Report of the Municipal Commissioner on the plague in Bombay for the year ending 31st May... - Volume 2
Disease focus: Plague
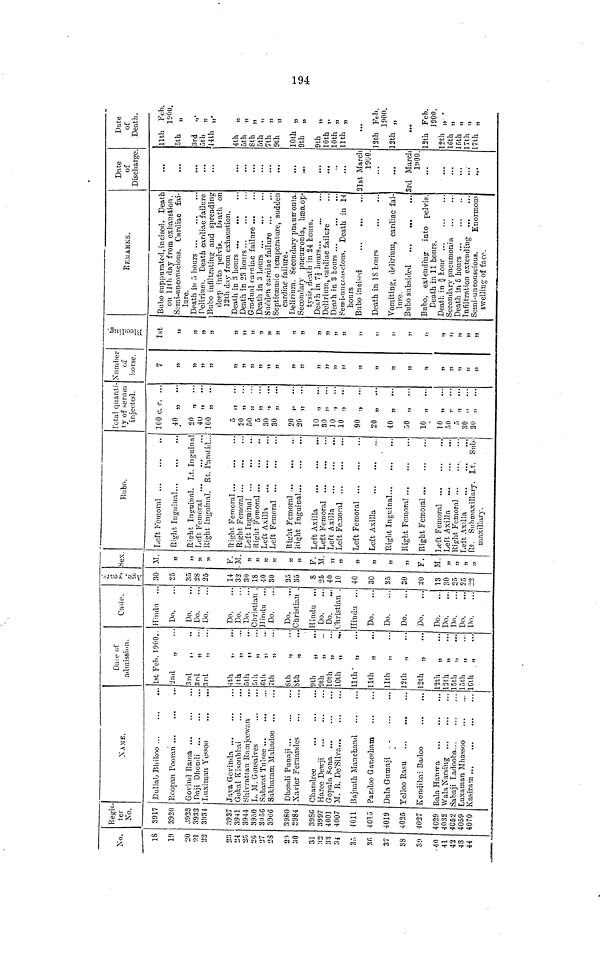
J—1
«0
#*
No.
IS
1!)
20
9.1
22
2:{
24
25
2G
27
28
29
:;o
31
:i2
33
34
sr»
36
37
38
3;i
• 40
41
42
43
44
Regis-
ter
No.
3917
3920
.',923
3932
3934
3937
3941
3944
3950
3956
396G
3980
2984
398B
3997
4001
4007
4011
4015
4019
4025
4027
4029
4032
4062
4059
4070
NAME.
Dullab Bliikoo
Roopan Pooran
Govind Rama
Oaji Dhondi
Luximan Yessoo
...
...
Java Govinda
Gokal Kisonbhai
Shivratran Ramjcewan
L. M. Gonsalves
Sabarat Tiilsee ...
...
Sakharam Mahadoo
Dhondi Punaji
Xavier Fernamles
Chandree
Haree De\vji
Gopala Sona
M. R. De'Silva
Bajnath Manchand
Pandoo Ganesham
Dula Gutnaji
>..
Kondibai Badoo
Bala Hantra
,.
WalaNarsing
Sabaji Ladooba
Luxaman Mhassoo
Dale of
admission.
1st Feb. 1900..
2nd
„
..
3rd
,,
•ml
„
3rd
4th
„
Ith
„
...
5th
„
..
SlIi
6th
„
7th
„
8th
„
8th
„
9th
„
...
9th
„
10th „
10th „
llth- „
...
llth „
llth „
12th „
12th
„
...
12th „
...
12th
„
...
15th „
loth „
IGth „
Caste.
Hindu ..
Do.
Do.
Do.
Do.
Do.
Do.
Do.
Christian .
Hindu ...
Do.
Do.
Christian
Hindu ...
Do.
Do.
Christian
Hindu ...
Do.
Do.
Do.
'Do.
Do.
Do.
Do.
Do.
Do.
i
M
>i
V
b(j
-3
30
So
35
28
25
14
32
30
18
40
30
25
35
8
25
40
10
40
30
35
30
20
13
30
25
25
j«j
Hex.
M.
»
99
)!
99
F.
•M.
95
59
99
99
99
»
F.
M.
99
»
99
3)
55
J>
F.
M.
99
39
95
>j
Bubo.
Left Immoral
Bight Inguinal
Rieht Inguinal. Lt. Inguinal
Left Femoral ...
Right Inguinal. Rt. Pai-oiid...
o
o
Right Femoral
Left Inguinal
Ri^ht Femoral ...
...
..
Left Femoral
Risrht Femoral
Left Axilla
Left Femoral
Left Axilla
Left Femoral ...
Left Femoral ...
Left Axilla
Right Ingxiinal
Right Femoral
Right Femoral
Left Femoral
Left Axilla
Rio'ht Femoral •••
..
Left Axilla
Rt. Submaxillary. Lt. Sub-
ruaxillary.
Total quanti-
ty of serum
injected.
100 c. c. ...
40 „ ...
20 „ ...
40 „ ...
100 „ ...
SO „ ...
50 „ ...
5 ,
30
30 „ ...
20 „ ...
20
10 „ ...
30 „ ...
10 ., ...
10 „ ...
90 .., ...
20 „ ...
40 „ ...
50 „ ...
10 „ ...
10 „ ...
50 ,. ...
30 „ ...
20 „ ...
! ST umber
of
horse.
7
»
ji
»
5>
5)
»
))
»
»
»
»
9)
5)
I)
55
»l
)5
55
9}
»
'>
55
55
))
59
95
Bleeding.
1st
»
99
»>
»
59
19
99
59
99
)9
))
99
99
59
»
99
)9
))
))
9>
!)
19
9)
15
5)
99
REMARKS.
Bubo suppurated, incised . Death
on lllh day from exhaustion.
Semi-unconscious. Cardiac fai-
lure.
Peltriuni. Death cardiac failure
Bubo infiltrating and spreading
deep into pelvis. Death on
12th duy from exhaustion.
Gradual cardiac failure
Sudden cardiac failure
Septica3rmc temperature, sudden
cardiac failure.
Delirium. Secondary pnturronia.
Secondary pneuironia, hasiLop-
tj-sip, di'ath in 24 houis.
Delirium, cardiac failure
Pemi-uucr.usctons. Death in 14
hours
Bubo ineiK-d
Death in IS hours
Vomiting, delirium, cardiac fai-
lure.
Bubo subsided
Bubo, esfeiidmg into pelvis.
Death in 11 hours.
Secondary pneumonia
Infiltration extending
Semi-unconscious.
Enormou.=
swelling of face.
Date
of
Discharge.
...
...
...
...
...
21st March
19UO.
3rd March
l!»00.
...
...
Date
of
Death.
llth Feb.
1SOU.
5th „
3rd „•
5th „
14th „•
4th „
5th „
8th „
5th „
7th „
9th „
10th „
9th ,,
9th „
10th „
10th „
llth „
12th Feb.
1900.
12th „
12th Feb.
1900.
12th , •
16th ,
15th ,
17th ,
17th ,